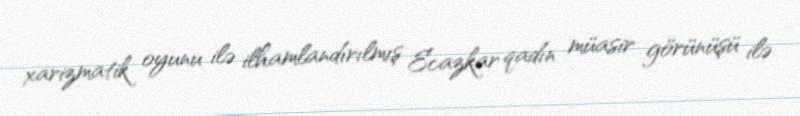
xarizmatik oyunu ilə ilhamlandırılmış Ecazkar qadın müasir görünüşü ilə